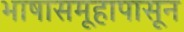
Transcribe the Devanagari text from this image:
भाषासमूहापासून